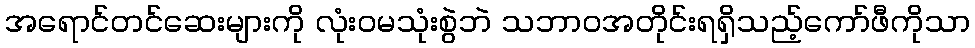
အရောင်တင်ဆေးများကို လုံးဝမသုံးစွဲဘဲ သဘာဝအတိုင်းရရှိသည့်ကော်ဖီကိုသာ